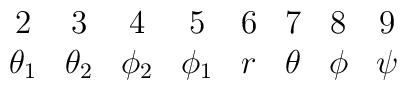
\begin{array}{cccccccc}    2& 3 & 4 & 5 & 6 & 7 & 8 & 9  \\     \theta _1 & \theta _2 & \phi _2 & \phi _1 & r & \theta  & \phi  &     \psi  \end{array}